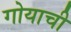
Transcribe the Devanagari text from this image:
गोयाची